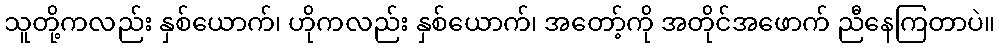
သူတို့ကလည်း နှစ်ယောက်၊ ဟိုကလည်း နှစ်ယောက်၊ အတော့်ကို အတိုင်အဖောက် ညီနေကြတာပဲ။